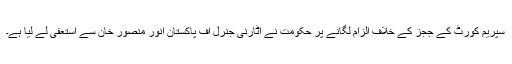
سپریم کورٹ کے ججز کے خلاف الزام لگانے پر حکومت نے اٹارنی جنرل آف پاکستان انور منصور خان سے استعفیٰ لے لیا ہے۔